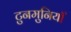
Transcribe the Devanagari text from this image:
टुनमुनियाँ